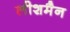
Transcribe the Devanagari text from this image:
लीशमैन